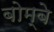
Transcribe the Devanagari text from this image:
बोम्‍बे